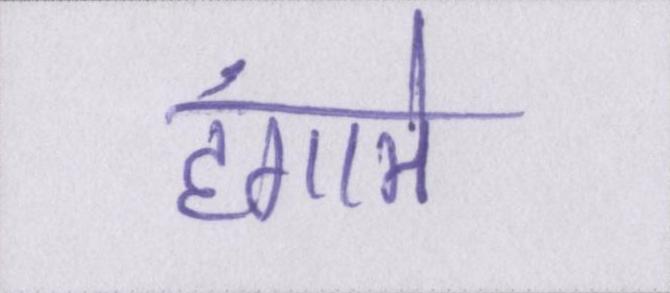
हंगामे